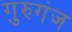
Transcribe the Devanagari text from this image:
गुरुगंज